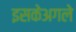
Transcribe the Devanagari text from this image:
इसकेअगले